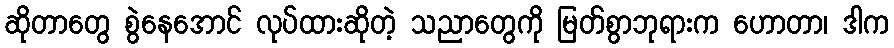
ဆိုတာတွေ စွဲနေအောင် လုပ်ထားဆိုတဲ့ သညာတွေကို မြတ်စွာဘုရားက ဟောတာ၊ ဒါက